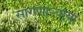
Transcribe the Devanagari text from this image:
सांगणार्‍याया